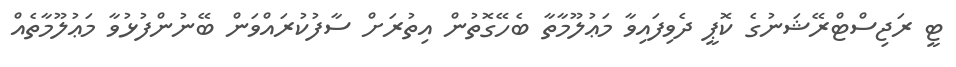
ޓީ ރަޖިސްޓްރޭޝަނުގެ ކޮޕީ ދެވިފައިވާ މަޢުލޫމާތާ ބެހޭގޮތުން އިތުރަށް ސާފުކުރައްވަން ބޭނުންފުޅުވާ މަޢުލޫމާތެއް